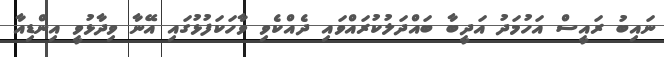
ނައިބު ރައީސް އަހުމަދު އަދީބާ ބައްދަލުކުރައްވައި ދެއްކެވި ވާހަކަފުޅުގައި އޭނާ ވިދާޅުވީ އިންޑިއާ